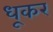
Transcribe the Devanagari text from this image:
धूकर